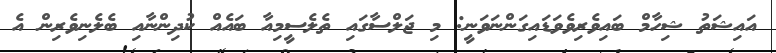
އައިޝަތު ޝިހާމް ބައިވެރިވެވަޑައިގަންނަވަނީ: މި ޖަލްސާގައި ތެލެސީމިއާ ބައެއް ކުދިންނާއި ބެލެނިވެރިން އެ